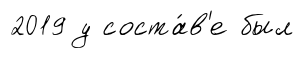
2019 у соста́в'е был